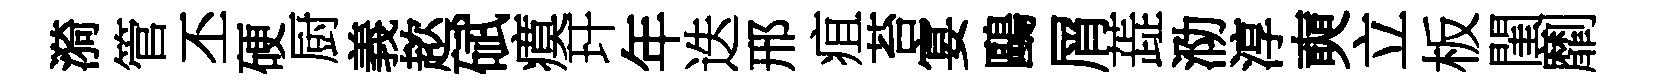
漪管丕硬厨義趑碔瘼玕年迭邢疽苔宴鷗屑蕋泐淳奭立板閨劘